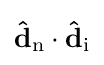
\mathbf {\hat {d}} _{\mathrm {n} }\cdot \mathbf {\hat {d}} _{\mathrm {i} }